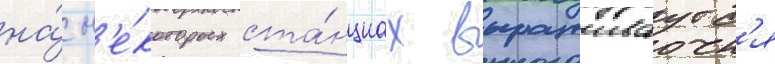
на́ н'е́которых ста́нциах выращиваутс'я